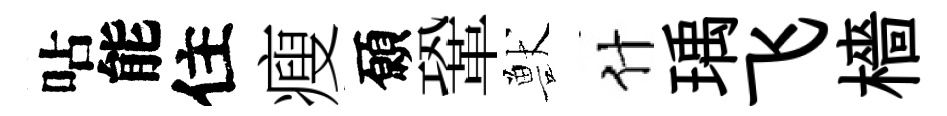
呫能住瘦願鞏獸什瑀飞檣